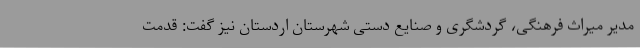
مدیر میراث فرهنگی، گردشگری و صنایع دستی شهرستان اردستان نیز گفت: قدمت